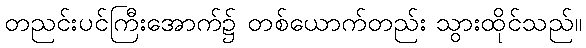
တညင်းပင်ကြီးအောက်၌ တစ်ယောက်တည်း သွားထိုင်သည်။